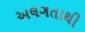
અલગતાથી